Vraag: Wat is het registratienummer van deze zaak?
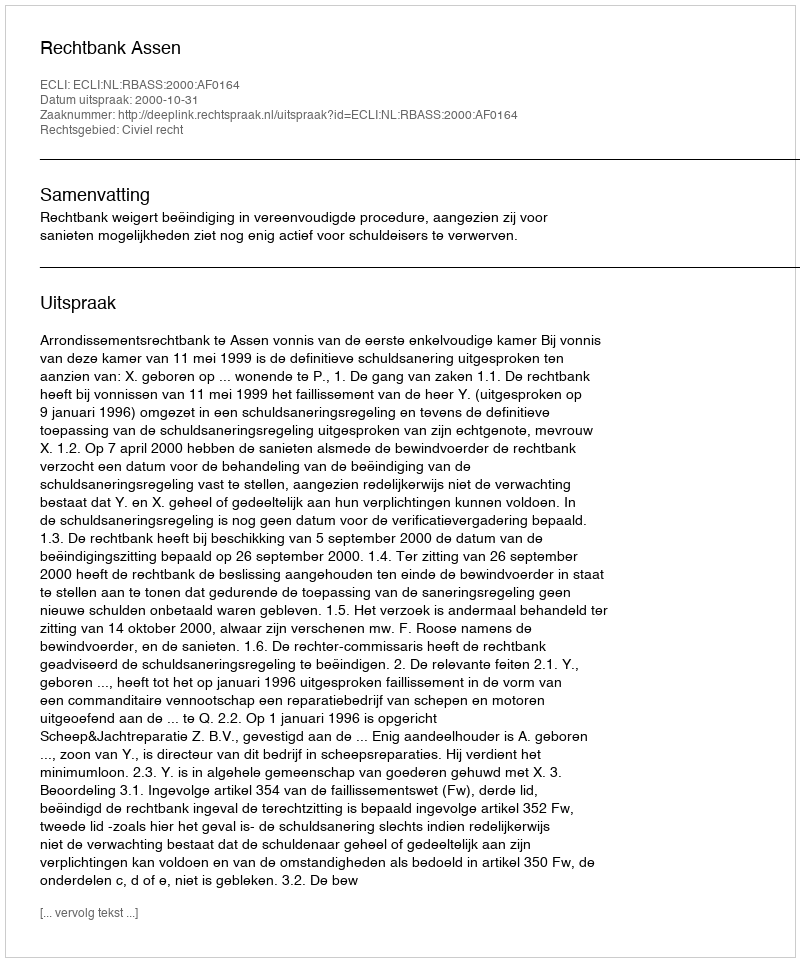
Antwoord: http://deeplink.rechtspraak.nl/uitspraak?id=ECLI:NL:RBASS:2000:AF0164